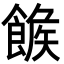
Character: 𩝍